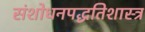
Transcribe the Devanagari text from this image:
संशोधनपद्धतिशास्त्र